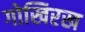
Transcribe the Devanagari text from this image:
गोखिरख